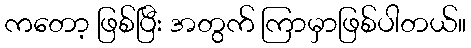
ကတော့ ဖြစ်ပြီး အတွက် ကြာမှာဖြစ်ပါတယ်။